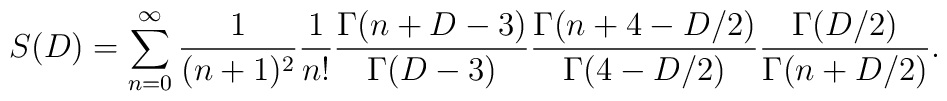
S(D) = \sum^\infty_{n=0} {1 \over (n + 1)^2} {1 \over n!}{\Gamma (n + D - 3) \over \Gamma (D - 3)} {\Gamma (n + 4 - D/2) \over\Gamma ( 4 - D/2)} {\Gamma (D/2) \over \Gamma (n + D/2)}.